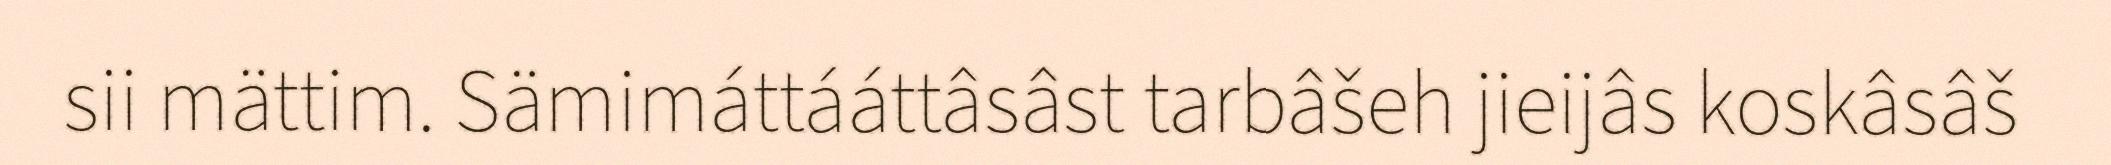
sii mättim. Sämimáttááttâsâst tarbâšeh jieijâs koskâsâš